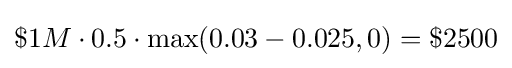
\$1M\cdot 0.5\cdot \max(0.03-0.025,0)=\$2500